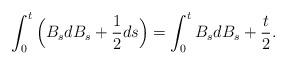
LaTeX: \begin{align*}\int^t_0 \Big( B_s dB_s + \frac{1}{2} ds \Big)&= \int^t_0 B_s dB_s + \frac{t}{2}.\end{align*}